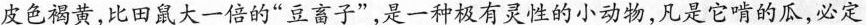
皮色褐黄，比田鼠大一倍的”豆畜子”，是一种极有灵性的小动物，凡是它啃的瓜，必定